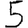
Digit: 5